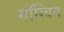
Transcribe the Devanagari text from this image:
गॉग्विन